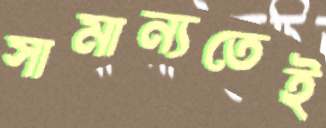
সামান্যতেই